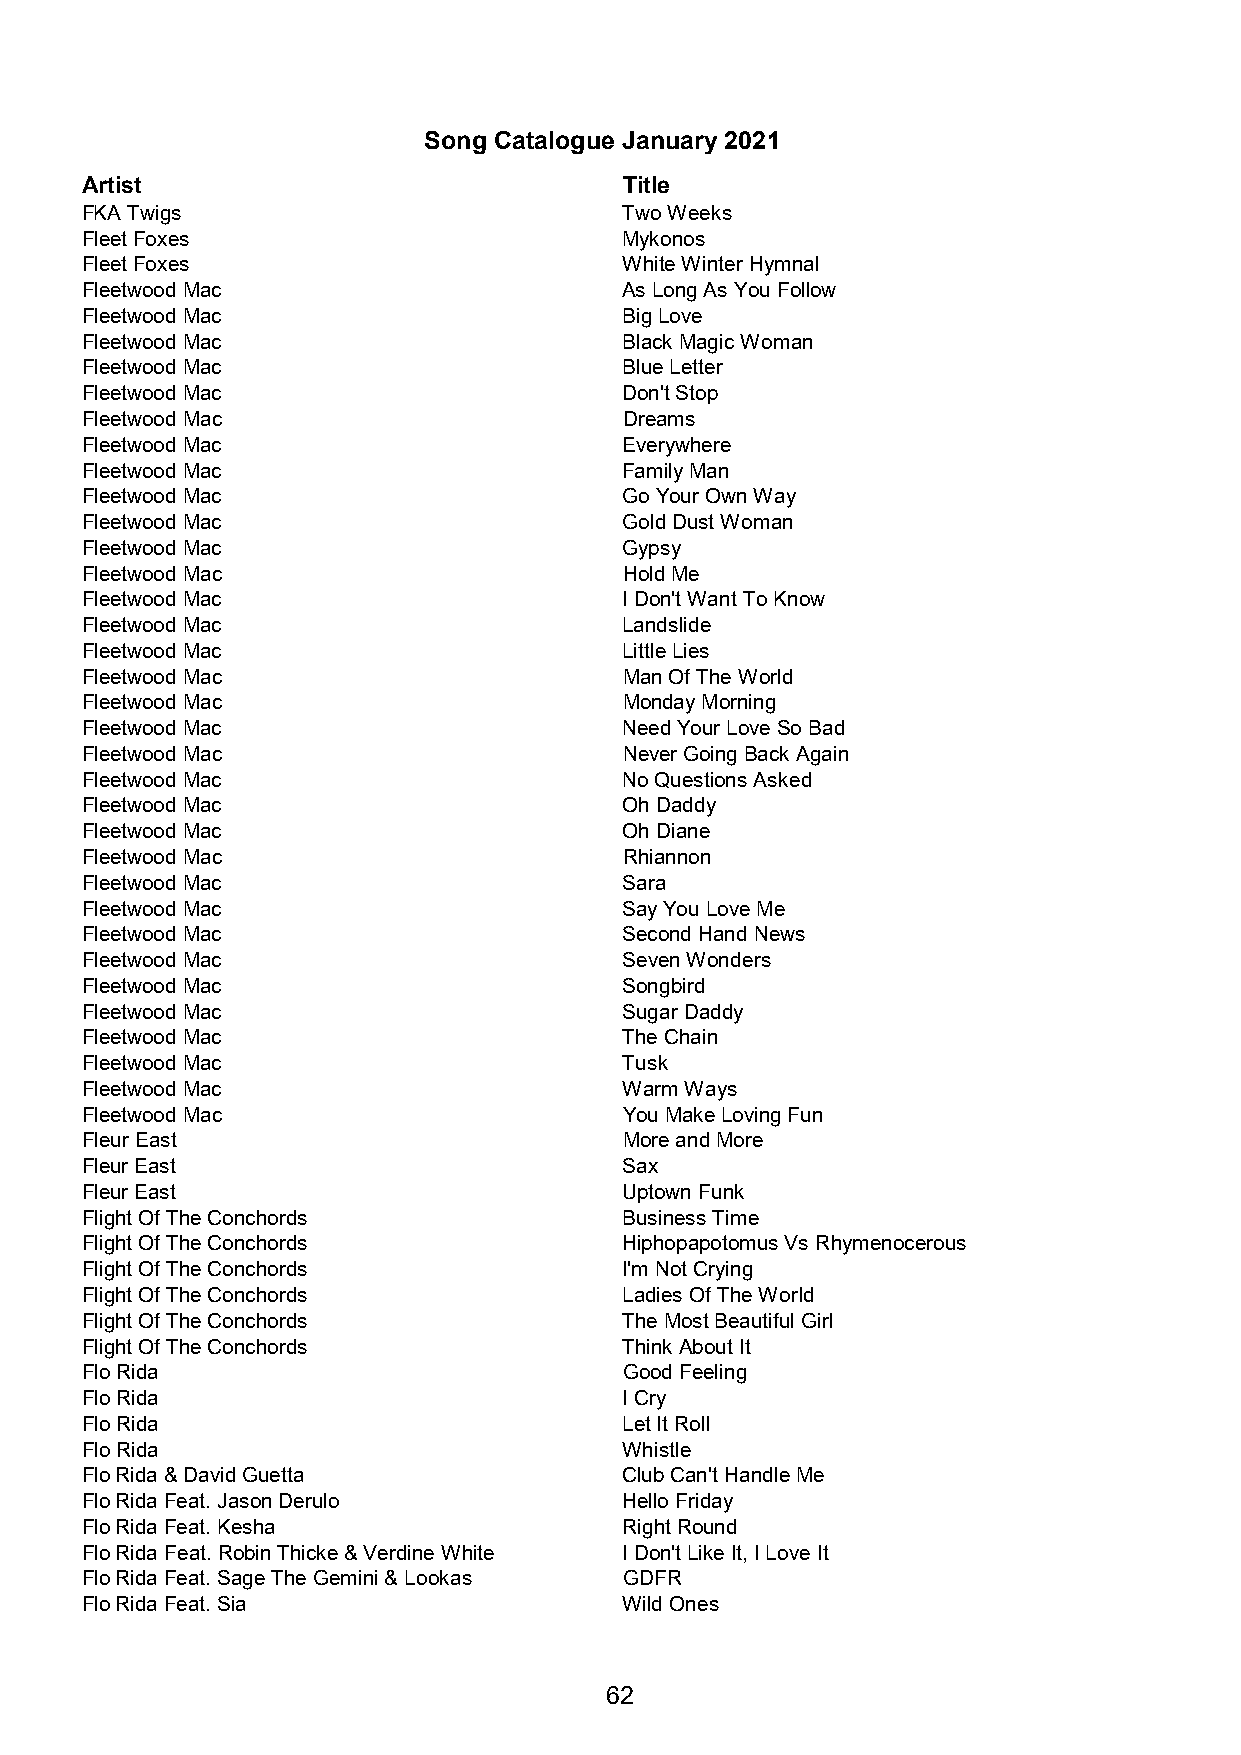
Song Catalogue January 2021
 Artist                              Title
 FKA Twigs                           Two Weeks
 Fleet Foxes                         Mykonos
 Fleet Foxes                         White Winter Hymnal
 Fleetwood Mac                       As Long As You Follow
 Fleetwood Mac                       Big Love
 Fleetwood Mac                       Black Magic Woman
 Fleetwood Mac                       Blue Letter
 Fleetwood Mac                       Don't Stop
 Fleetwood Mac                       Dreams
 Fleetwood Mac                       Everywhere
 Fleetwood Mac                       Family Man
 Fleetwood Mac                       Go Your Own Way
 Fleetwood Mac                       Gold Dust Woman
 Fleetwood Mac                       Gypsy
 Fleetwood Mac                       Hold Me
 Fleetwood Mac                       I Don't Want To Know
 Fleetwood Mac                       Landslide
 Fleetwood Mac                       Little Lies
 Fleetwood Mac                       Man Of The World
 Fleetwood Mac                       Monday Morning
 Fleetwood Mac                       Need Your Love So Bad
 Fleetwood Mac                       Never Going Back Again
 Fleetwood Mac                       No Questions Asked
 Fleetwood Mac                       Oh Daddy
 Fleetwood Mac                       Oh Diane
 Fleetwood Mac                       Rhiannon
 Fleetwood Mac                       Sara
 Fleetwood Mac                       Say You Love Me
 Fleetwood Mac                       Second Hand News
 Fleetwood Mac                       Seven Wonders
 Fleetwood Mac                       Songbird
 Fleetwood Mac                       Sugar Daddy
 Fleetwood Mac                       The Chain
 Fleetwood Mac                       Tusk
 Fleetwood Mac                       Warm Ways
 Fleetwood Mac                       You Make Loving Fun
 Fleur East                          More and More
 Fleur East                          Sax
 Fleur East                          Uptown Funk
 Flight Of The Conchords             Business Time
 Flight Of The Conchords             Hiphopapotomus Vs Rhymenocerous
 Flight Of The Conchords             I'm Not Crying
 Flight Of The Conchords             Ladies Of The World
 Flight Of The Conchords             The Most Beautiful Girl
 Flight Of The Conchords             Think About It
 Flo Rida                            Good Feeling
 Flo Rida                            I Cry
 Flo Rida                            Let It Roll
 Flo Rida                            Whistle
 Flo Rida & David Guetta             Club Can't Handle Me
 Flo Rida Feat. Jason Derulo         Hello Friday
 Flo Rida Feat. Kesha                Right Round
 Flo Rida Feat. Robin Thicke & Verdine White I Don't Like It, I Love It
 Flo Rida Feat. Sage The Gemini & Lookas GDFR
 Flo Rida Feat. Sia                  Wild Ones
 62